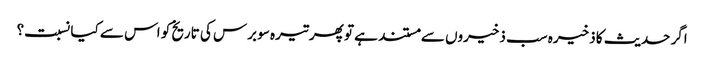
اگر حدیث کا ذخیرہ سب ذخیروں سے مستند ہے تو پھر تیرہ سو برس کی تاریخ کو اس سے کیا نسبت؟